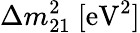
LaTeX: \Delta{m_{21}^{2}}~[\mathrm{{eV}^{2}]}